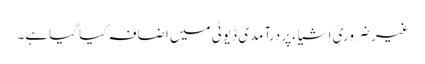
غیر ضروری اشیاء پر درآمدی ڈیوٹی میں اضافہ کیا گیا ہے۔